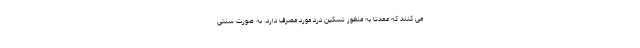
می کنند که عمدتا به منظور تسکین درد مورد مصرف دارد. به صورت سنتی